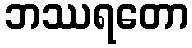
ဘဿရတော